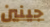
جينين